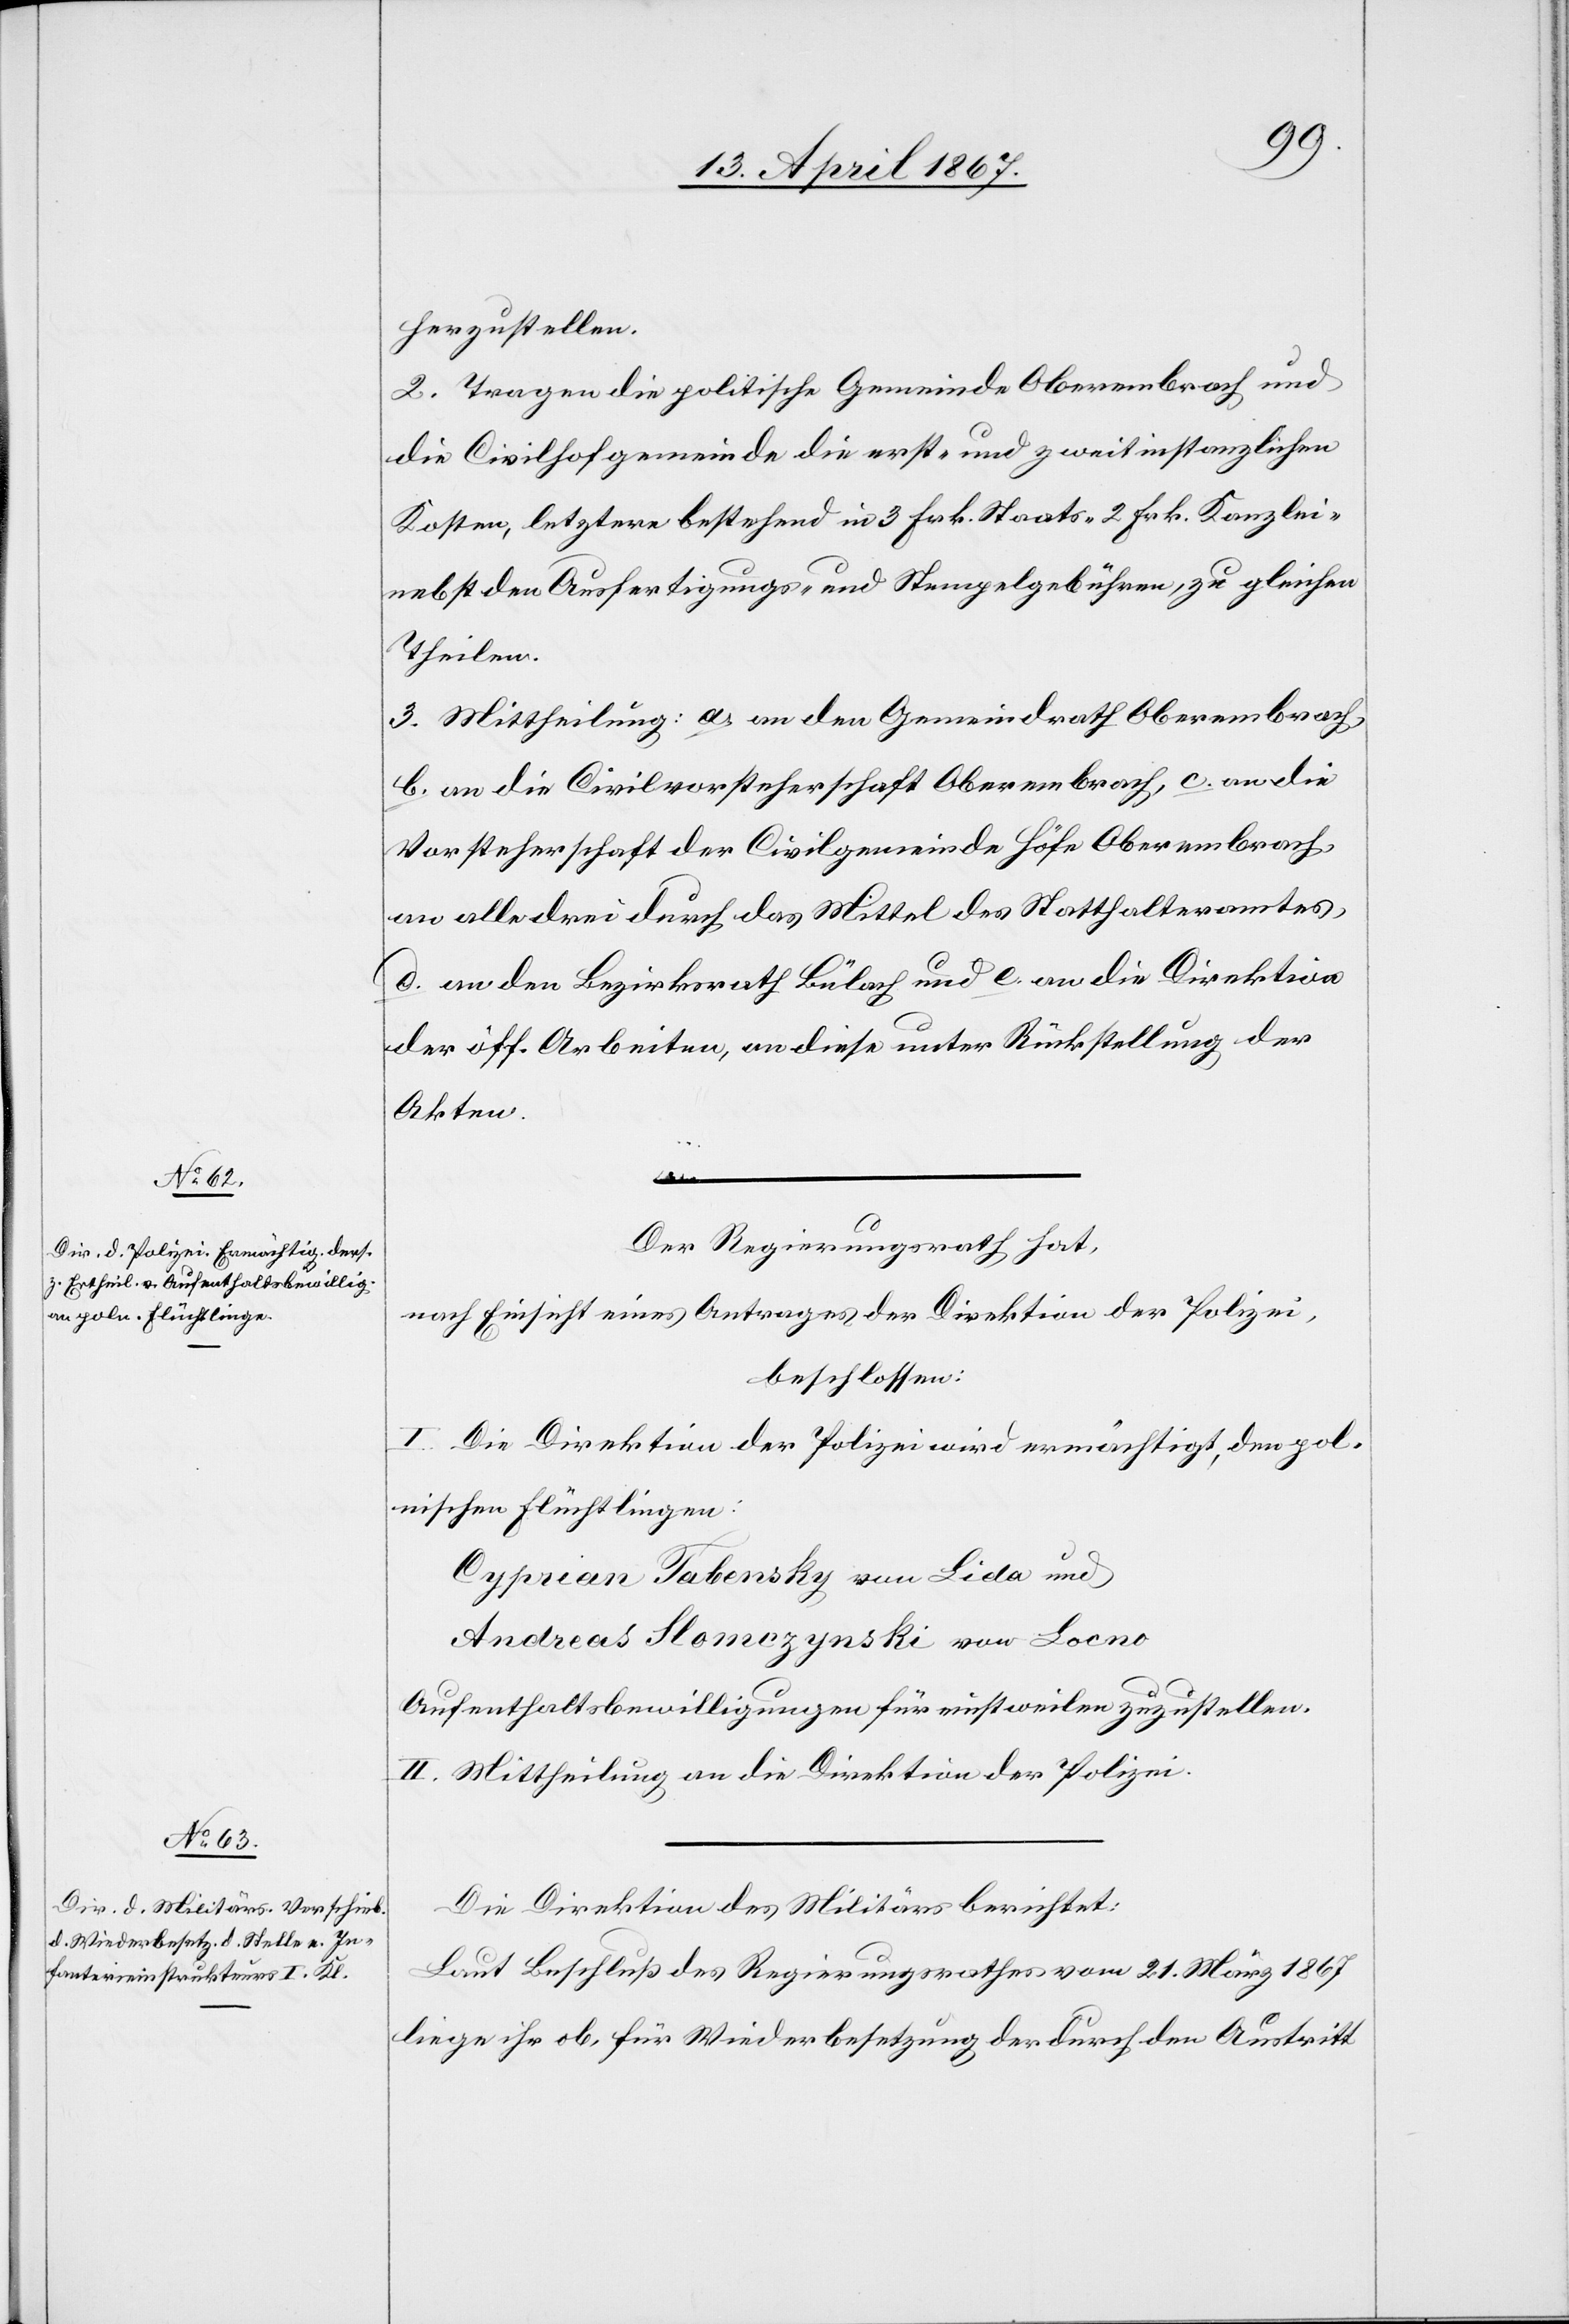
herzustellen.
2. Tragen die politische Gemeinde Oberembrach und
die Civilhofgemeinde die erst- und zweitinstanzlichen
Kosten, letztere bestehend in 3 Frk. Staats-[,] 2 Frk. Kanzlei[-]
nebst den Ausfertigungs- und Stempelgebühren, zu gleichen
Theilen.
3. Mittheilung: a. an den Gemeindrath Oberembrach,
b. an die Civilvorsteherschaft Oberembrach, c. an die
Vorsteherschaft der Civilgemeinde Höfe Oberembrach,
an alle drei durch das Mittel des Statthalteramtes,
d. an den Bezirksrath Bülach und e. an die Direktion
der öff. Arbeiten, an diese unter Rückstellung der
Akten.
Der Regierungsrath hat,
nach Einsicht eines Antrages der Direktion der Polizei,
beschlossen:
I. Die Direktion der Polizei wird ermächtigt, den pol¬
nischen Flüchtlingen:
Cyprien Tabensky von Lida und
Andreas Slomczynski von Locno
Aufenthaltsbewilligungen für einstweilen zuzustellen.
II. Mittheilung an die Direktion der Polizei.
Die Direktion des Militärs berichtet:
Laut Beschluß des Regierungsrathes vom 21. März 1867
liege ihr ob, für Wiederbesetzung der durch den Austritt